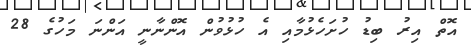
އޮތް އިރު ބިޑު ހުށަހެޅުމާއި އެ ހުޅުވުން އޮންނާނީ އަންނަ މަހުގެ 28